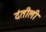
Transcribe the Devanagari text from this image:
दंतीली